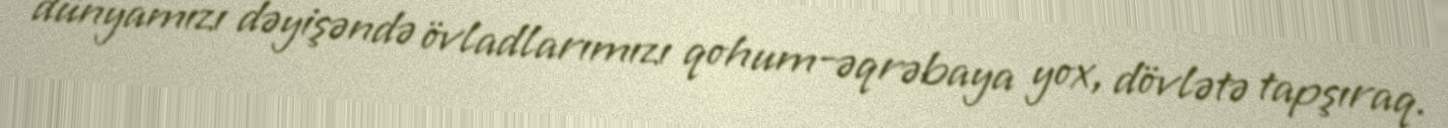
dünyamızı dəyişəndə övladlarımızı qohum-əqrəbaya yox, dövlətə tapşıraq.